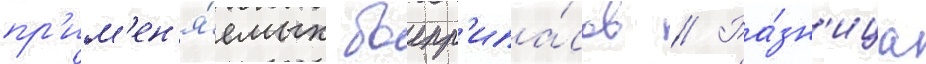
пр'им'ен'я́емых боепр'ипа́сов // Ра́зн'ица